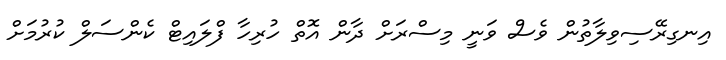
އިނގިރޭސިވިލާތުން ވެސް ވަނީ މިސްރަށް ދާން އޮތް ހުރިހާ ފްލައިޓް ކެންސަލް ކުރުމަށް